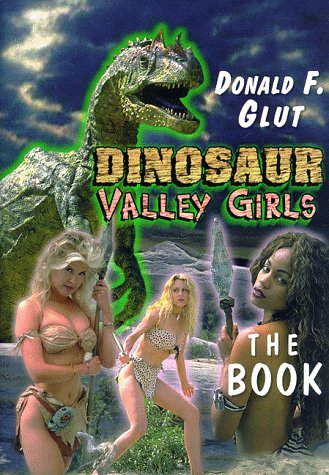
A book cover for Dinosaur Valley Girls: The Book; Donald F. Glut; Humor & Entertainment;